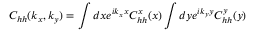
C _ { h h } ( k _ { x } , k _ { y } ) = \int d x e ^ { i k _ { x } x } C _ { h h } ^ { x } ( x ) \int d y e ^ { i k _ { y } y } C _ { h h } ^ { y } ( y )